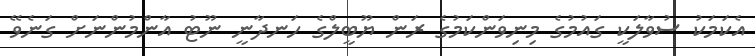
އެކަމަކު ސުވާލަކީ ގައުމުގެ މިނިވަންކަމުގެ ރަން ޔޫބީލްގެ ހަނދާނީ ނޫޓު އާންމުންނަށް ގަނެވޭ